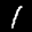
Label: 1